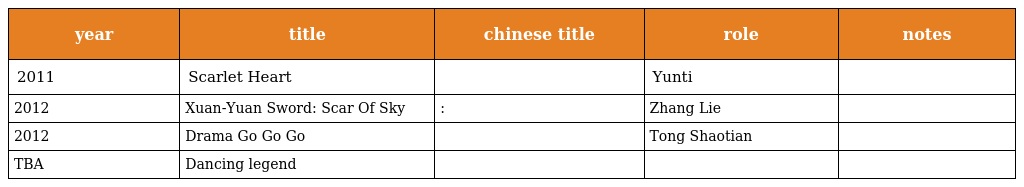
| year | title | chinese title | role | notes |
 | --- | --- | --- | --- | --- |
 | 2011 | Scarlet Heart | 步步惊心 | Yunti |  |
 | 2012 | Xuan-Yuan Sword: Scar Of Sky | 轩辕剑:天之痕 | Zhang Lie |  |
 | 2012 | Drama Go Go Go | 姐姐立正向前走 | Tong Shaotian |  |
 | TBA | Dancing legend | 舞乐传奇 |  |  |